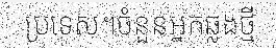
ប្រទេស។ចំនួនអ្នកឆ្លងថ្មី